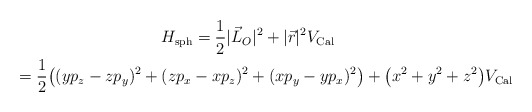
\begin{gather*} H_{\rm sph} = \frac{1}{2} |\vec{L}_O|^2 +|\vec{r}|^2 V_{\rm Cal} \\\hphantom{H_{\rm sph}}{} = \frac{1}{2}\big ( (yp_z-zp_y)^2+(zp_x-xp_z)^2+(xp_y-yp_x)^2\big)+\big(x^2 +y^2+z^2\big) V_{\rm Cal} \end{gather*}